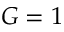
G = 1